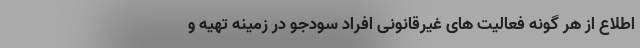
اطلاع از هر گونه فعالیت های غیرقانونی افراد سودجو در زمینه تهیه و